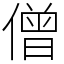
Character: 僧